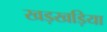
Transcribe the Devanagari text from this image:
खड़खड़िया